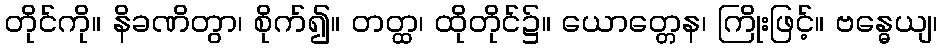
တိုင်ကို။ နိခဏိတွာ၊ စိုက်၍။ တတ္ထ၊ ထိုတိုင်၌။ ယောတ္တေန၊ ကြိုးဖြင့်။ ဗန္ဓေယျ၊